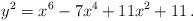
LaTeX: \begin{align*}y^2= x^6 -7 x^4+11 x^2+11\,.\end{align*}